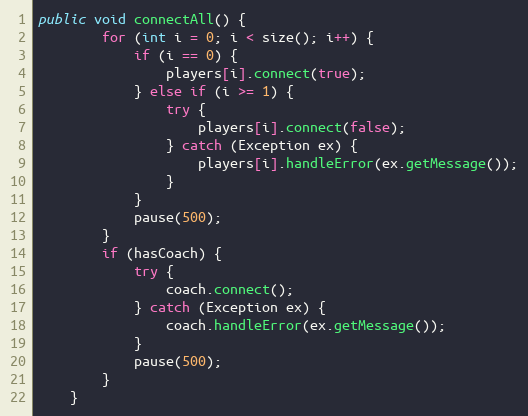
Language: Java
public void connectAll() {
        for (int i = 0; i < size(); i++) {
            if (i == 0) {
                players[i].connect(true);
            } else if (i >= 1) {
                try {
                    players[i].connect(false);
                } catch (Exception ex) {
                    players[i].handleError(ex.getMessage());
                }
            }
            pause(500);
        }
        if (hasCoach) {
            try {
                coach.connect();
            } catch (Exception ex) {
                coach.handleError(ex.getMessage());
            }
            pause(500);
        }
    }